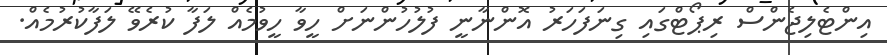
އިންޓެލިޖެންސް ރިޕޯޓްގައި ގިނަފަހަރު އޮންނާނީ ފުލުހުންނަށް ހީވާ ހީވުމެއް ލަފާ ކުރެވޭ ލަފާކުރުމެއް.